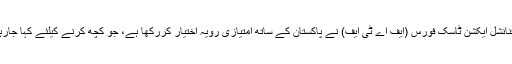
کمیٹی کے چیئرمین اسد عمر کا کہنا ہے کہ فنانشل ایکشن ٹاسک فورس (ایف اے ٹی ایف) نے پاکستان کے ساتھ امتیازی رویہ اختیار کررکھا ہے، جو کچھ کرنے کیلئے کہا جارہا ہے کسی اور ملک سے مطالبہ نہیں کیا گیا۔